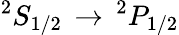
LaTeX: ^{2}S_{1/2}\, \rightarrow\, ^{2}P_{1/2}